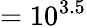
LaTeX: =10^{3.5}